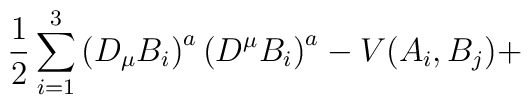
\frac{1}{2} \sum_{i=1}^{3} \left( D_{\mu} B_{i} \right)^{a} \left( D^{\mu} B_{i} \right)^{a} - V(A_i , B_j) +